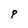
Character: P